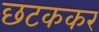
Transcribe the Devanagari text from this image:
छटककर